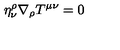
\eta _ { \nu } ^ { \rho } \nabla _ { \rho } T ^ { \mu \nu } = 0